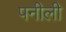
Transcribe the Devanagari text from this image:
पनीली